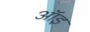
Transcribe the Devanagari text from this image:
ऑइ